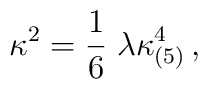
\kappa^2 = \frac{1}{6}\;\lambda\kappa^4_{(5)} \, ,